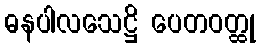
ဓနပါလသေဋ္ဌိ ပေတဝတ္ထု